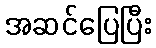
အဆင်ပြေပြီး